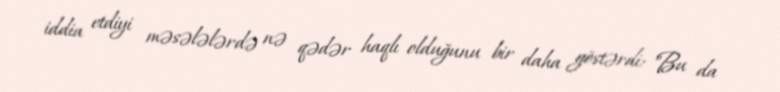
iddia etdiyi məsələlərdə nə qədər haqlı olduğunu bir daha göstərdi: "Bu da